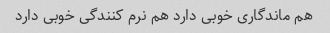
هم ماندگاری خوبی دارد هم نرم کنندگی خوبی دارد